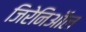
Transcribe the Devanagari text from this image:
जिरेनिऑल